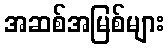
အဆစ်အမြစ်များ